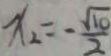
x _ { 2 } = - \frac { \sqrt { 1 0 } } { 2 }